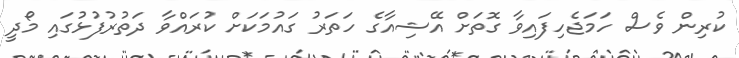
ކުރިން ވެސް ހަމަޖެހިފައިވާ ގޮތަށް އޭޝިއާގެ ހަތަރު ގައުމަކަށް ކުރައްވާ ދަތުރުފުޅުގައި މޯދީ